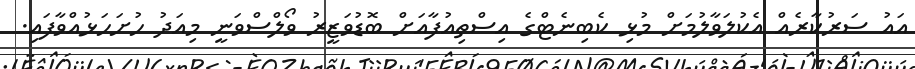
އައު ސަރުކާރެއް އެކުލަވާލުމަށް މުޅި ކެބިނެޓްގެ އިސްތިއުފާއަށް ބޮޑުވަޒީރު ވޯލްސްވަނީ މިއަދު ހުށަހަޅުއްވާފައި.